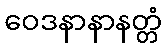
ဝေဒနာနာနတ္တံ